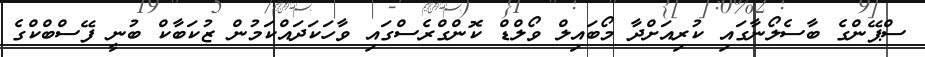
ސްޕޭންގެ ބާސެލޯނާގައި ކުރިއަށްދާ މޯބައިލް ވޯލްޑް ކޮންގްރެސްގައި ވާހަކަދައްކަމުން ޒުކަބާކް ބުނީ ފޭސްބްކްގެ